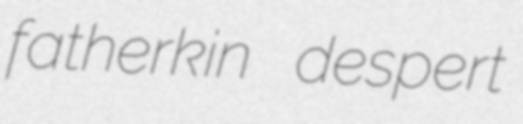
fatherkin despert